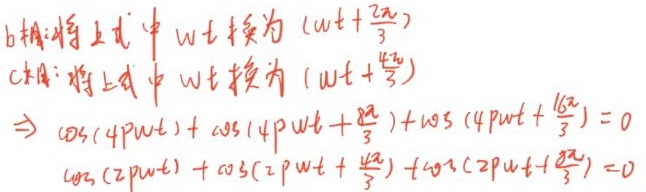
b相:将上式中\(\omega t\)换为\((\omega t+\frac{2\pi}{3})\)
c相:将上式中\(\omega t\)换为\((\omega t+\frac{4\pi}{3})\)
\(\Rightarrow \cos(4p\omega t)+\cos(4p\omega t+\frac{8\pi}{3})+\cos(4p\omega t+\frac{16\pi}{3}) = 0\)
\(\cos(2p\omega t)+\cos(2p\omega t+\frac{4\pi}{3})+\cos(2p\omega t+\frac{8\pi}{3}) = 0\)